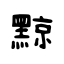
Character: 黥